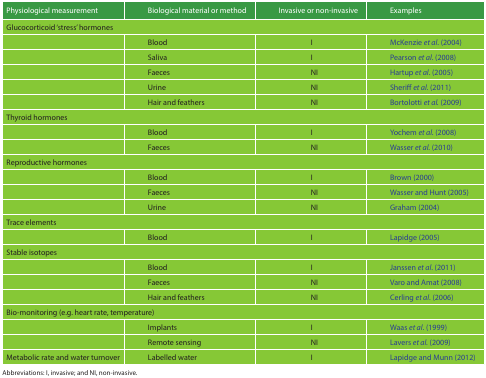
<table><thead><tr><td><b>Physiological measurement</b></td><td><b>Biological material or method</b></td><td><b>Invasive or non-invasive</b></td><td><b>Examples</b></td></tr></thead><tbody><tr><td colspan="4">Glucocorticoid ‘stress’ hormones</td></tr><tr><td></td><td>Blood</td><td>I</td><td>McKenzie <i>et al</i>. (2004)</td></tr><tr><td></td><td>Saliva</td><td>I</td><td>Pearson <i>et al</i>. (2008)</td></tr><tr><td></td><td>Faeces</td><td>NI</td><td>Hartup <i>et al</i>. (2005)</td></tr><tr><td></td><td>Urine</td><td>NI</td><td>Sheriff <i>et al.</i> (2011)</td></tr><tr><td></td><td>Hair and feathers</td><td>NI</td><td>Bortolotti <i>et al.</i> (2009)</td></tr><tr><td colspan="4">Thyroid hormones</td></tr><tr><td></td><td>Blood</td><td>I</td><td>Yochem <i>et al.</i> (2008)</td></tr><tr><td></td><td>Faeces</td><td>NI</td><td>Wasser <i>et al.</i> (2010)</td></tr><tr><td colspan="4">Reproductive hormones</td></tr><tr><td></td><td>Blood</td><td>I</td><td>Brown (2000)</td></tr><tr><td></td><td>Faeces</td><td>NI</td><td>Wasser and Hunt (2005)</td></tr><tr><td></td><td>Urine</td><td>NI</td><td>Graham (2004)</td></tr><tr><td colspan="4">Trace elements</td></tr><tr><td></td><td>Blood</td><td>I</td><td>Lapidge (2005)</td></tr><tr><td colspan="4">Stable isotopes</td></tr><tr><td></td><td>Blood</td><td>I</td><td>Janssen <i>et al</i>. (2011)</td></tr><tr><td></td><td>Faeces</td><td>NI</td><td>Varo and Amat (2008)</td></tr><tr><td></td><td>Hair and feathers</td><td>NI</td><td>Cerling <i>et al</i>. (2006)</td></tr><tr><td colspan="4">Bio-monitoring (e.g. heart rate, temperature)</td></tr><tr><td></td><td>Implants</td><td>I</td><td>Waas <i>et al</i>. (1999)</td></tr><tr><td></td><td>Remote sensing</td><td>NI</td><td>Lavers <i>et al.</i> (2009)</td></tr><tr><td>Metabolic rate and water turnover</td><td>Labelled water</td><td>I</td><td>Lapidge and Munn (2012)</td></tr></tbody></table>